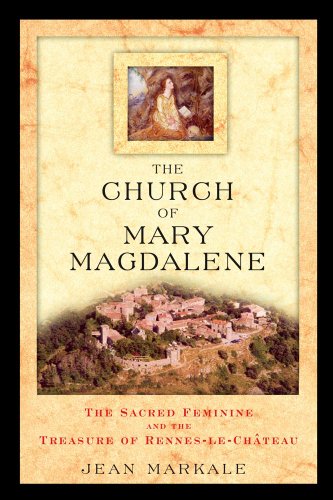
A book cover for The Church of Mary Magdalene: The Sacred Feminine and the Treasure of Rennes-le-Chateau; Jean Markale; Religion & Spirituality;